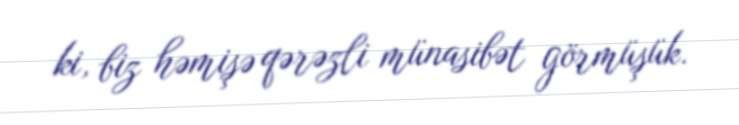
ki, biz həmişə qərəzli münasibət görmüşük.